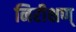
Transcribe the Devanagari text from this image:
निरीक्षण्